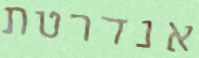
אנדרטת